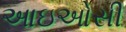
આઇઓસી